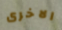
الاخرى